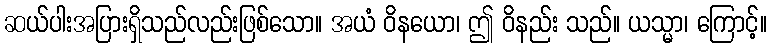
ဆယ်ပါးအပြားရှိသည်လည်းဖြစ်သော။ အယံ ဝိနယော၊ ဤ ဝိနည်း သည်။ ယသ္မာ၊ ကြောင့်။